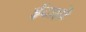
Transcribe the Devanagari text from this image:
ईदाहो